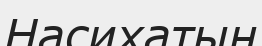
Насихатын